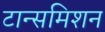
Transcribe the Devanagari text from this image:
टान्समिशन